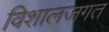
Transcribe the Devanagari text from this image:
विशालजगत